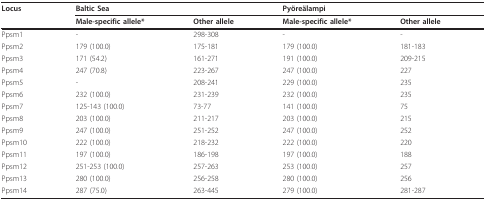
<table><thead><tr><td><b>Locus</b></td><td><b>Baltic Sea</b></td><td></td><td><b>Pyöreälampi</b></td><td></td></tr><tr><td></td><td><b>Male-specific allele*</b></td><td><b>Other allele</b></td><td><b>Male-specific allele*</b></td><td><b>Other allele</b></td></tr></thead><tbody><tr><td>Ppsm1</td><td>-</td><td>298-308</td><td>-</td><td>-</td></tr><tr><td>Ppsm2</td><td>179 (100.0)</td><td>175-181</td><td>179 (100.0)</td><td>181-183</td></tr><tr><td>Ppsm3</td><td>171 (54.2)</td><td>161-271</td><td>191 (100.0)</td><td>209-215</td></tr><tr><td>Ppsm4</td><td>247 (70.8)</td><td>223-267</td><td>247 (100.0)</td><td>227</td></tr><tr><td>Ppsm5</td><td>-</td><td>208-241</td><td>229 (100.0)</td><td>235</td></tr><tr><td>Ppsm6</td><td>232 (100.0)</td><td>231-239</td><td>232 (100.0)</td><td>235</td></tr><tr><td>Ppsm7</td><td>125-143 (100.0)</td><td>73-77</td><td>141 (100.0)</td><td>75</td></tr><tr><td>Ppsm8</td><td>203 (100.0)</td><td>211-217</td><td>203 (100.0)</td><td>215</td></tr><tr><td>Ppsm9</td><td>247 (100.0)</td><td>251-252</td><td>247 (100.0)</td><td>252</td></tr><tr><td>Ppsm10</td><td>222 (100.0)</td><td>218-232</td><td>222 (100.0)</td><td>220</td></tr><tr><td>Ppsm11</td><td>197 (100.0)</td><td>186-198</td><td>197 (100.0)</td><td>188</td></tr><tr><td>Ppsm12</td><td>251-253 (100.0)</td><td>257-263</td><td>253 (100.0)</td><td>257</td></tr><tr><td>Ppsm13</td><td>280 (100.0)</td><td>256-258</td><td>280 (100.0)</td><td>256</td></tr><tr><td>Ppsm14</td><td>287 (75.0)</td><td>263-445</td><td>279 (100.0)</td><td>281-287</td></tr></tbody></table>